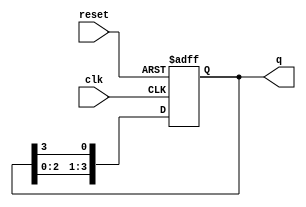
module ring_counter #(
    parameter N = 4  // Number of stages (flip-flops)
)(
    input wire clk,      // Clock signal
    input wire reset,    // Asynchronous reset signal
    output reg [N-1:0] q // Output state of the ring counter
);

    // Initial state
    initial begin
        q = 1'b1; // Start with the first flip-flop set to '1'
    end

    // Always block triggered on the rising edge of the clock or reset
    always @(posedge clk or posedge reset) begin
        if (reset) begin
            q <= 1'b1; // Reset state: only the first flip-flop is '1'
        end else begin
            // Shift the '1' bit to the right
            q <= {q[N-2:0], q[N-1]}; // Shift left and wrap around
        end
    end

endmodule